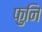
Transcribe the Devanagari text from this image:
फुनि